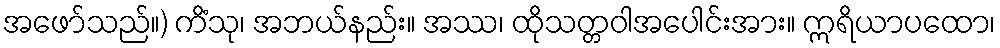
အဖော်သည်။) ကိံသု၊ အဘယ်နည်း။ အဿ၊ ထိုသတ္တဝါအပေါင်းအား။ ဣရိယာပထော၊